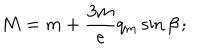
M = m + \frac { 3 m } { e } q _ { m } \sin \beta \, ;